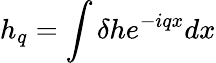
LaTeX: h_{q}=\int{\delta h{{e}^{-iqx}}dx}